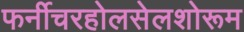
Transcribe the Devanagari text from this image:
फर्नीचरहोलसेलशोरूम